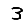
Digit: 3